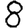
Digit: 8